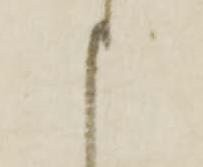
申